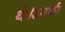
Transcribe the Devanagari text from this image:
थे।उनकी